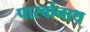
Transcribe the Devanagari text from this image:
पार्स्‍वानाथ